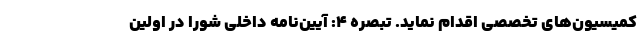
کمیسیون‌های تخصصی اقدام نماید. تبصره ۴: آیین‌نامه داخلی شورا در اولین